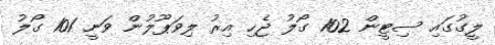
ލީގުގައި ސިޓީން 102 ގޯލު ޖެހި އިރު ލިވަޕޫލުން ވަނީ 101 ގޯލު